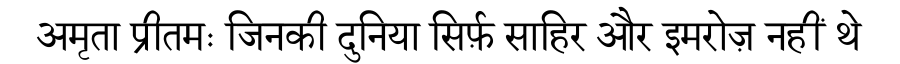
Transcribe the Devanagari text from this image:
अमृता प्रीतमः जिनकी दुनिया सिर्फ़ साहिर और इमरोज़ नहीं थे